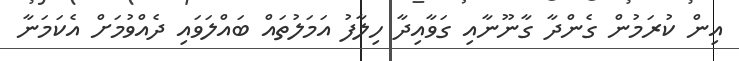
އިން ކުރަމުން ގެންދާ ގާނޫނާއި ގަވާއިދާ ހިލާފު އަމަލުތައް ބައްލަވައި ދެއްވުމަށް އެކަމަނާ